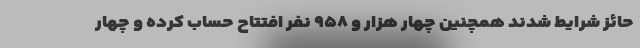
حائز شرایط شدند همچنین چهار هزار و ۹۵۸ نفر افتتاح حساب کرده و چهار